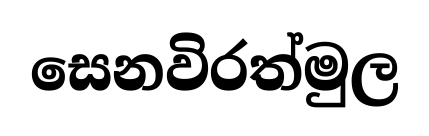
සෙනවිරත්මුල